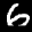
Label: 6